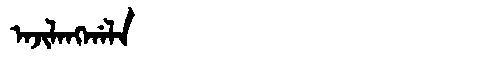
Manchu: ᠠᠵᡳᠯᠠᠩᡤᠠᠯᠠ
Romanization: AJILANGGALA